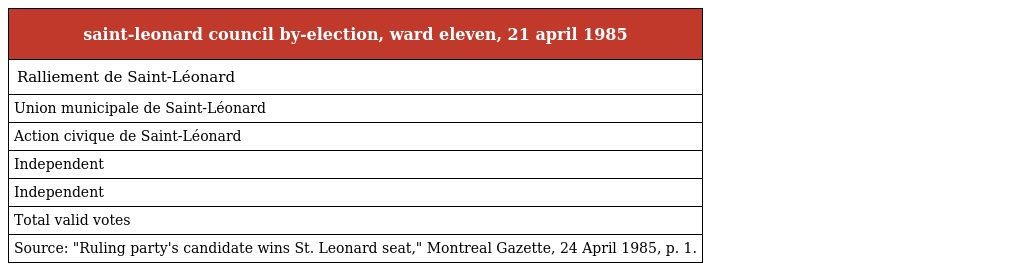
| saint-leonard council by-election, ward eleven, 21 april 1985 |
 | --- |
 | Ralliement de Saint-Léonard |
 | Union municipale de Saint-Léonard |
 | Action civique de Saint-Léonard |
 | Independent |
 | Independent |
 | Total valid votes |
 | Source: "Ruling party's candidate wins St. Leonard seat," Montreal Gazette, 24 April 1985, p. 1. |